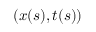
( x ( s ) , t ( s ) )